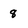
Character: 8